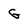
Character: G